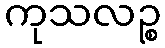
ကုသလဉ္စ